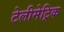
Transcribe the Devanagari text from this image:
टेलीमेट्रिक